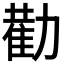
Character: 𭄿